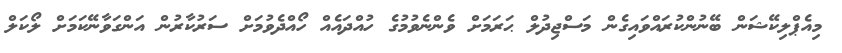
މިއެޕްލިކޭޝަން ބޭނުންކުރައްވައިގެން މަސްޖިދުލް ޙަރަމަށް ވެންނެވުމުގެ ހުއްދައެއް ހޯއްދެވުމަށް ސަރުކާރުން އަންގަވާނޭކަމަށް ލޯކަލް